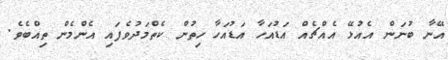
އޭނާ ބުނަން އެއުޅޭ އެއްޗެއް އަޑުއަހާ އަޑުއަހާ ހިތުން ކެތްމަދުވެފައި އެންމެން ތިއްބެވެ.